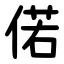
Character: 偌